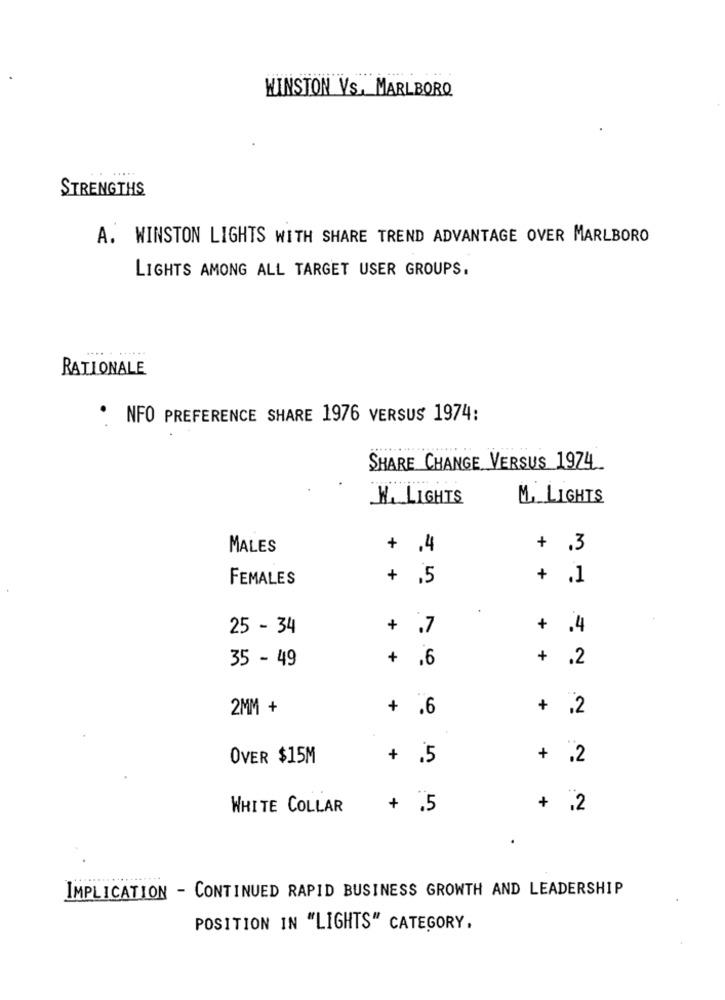
WINSTON Vs, MARLBORO
STRENGTHS
A. WINSTON LIGHTS WITH SHARE TREND ADVANTAGE OVER MARLBORO
LIGHTS AMONG ALL TARGET USER GROUPS.
RATIONALE
. NFO PREFERENCE SHARE 1976 VERSUS 1974:
SHARE CHANGE VERSUS 1974
W. LIGHTS
M. LIGHTS
MALES
+ ,4
+ .3
FEMALES
+ .5
+ .1
25 - 34
+
,7
+
.4
35 - 49
+
.6
+
.2
2MM +
+
.6
+
.2
OVER $15M
+
.5
+
.2
WHITE COLLAR
+ .5
+ .2
.
IMPLICATION - CONTINUED RAPID BUSINESS GROWTH AND LEADERSHIP
POSITION IN "LIGHTS" CATEGORY.